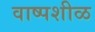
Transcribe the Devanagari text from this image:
वाष्पशीळ